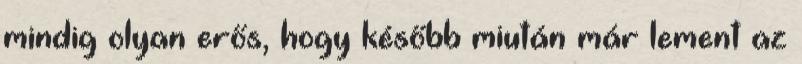
mindig olyan erős, hogy később miután már lement az